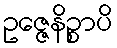
ဥဇ္ဇေနိဉ္စာပိ